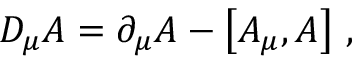
D _ { \mu } A = \partial _ { \mu } A - \left[ A _ { \mu } , A \right] \, ,